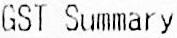
GST SUMMARY